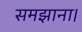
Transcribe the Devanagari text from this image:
समझाना।